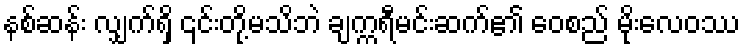
နစ်ဆန်း လျှက်ရှိ ၎င်းတို့မသိဘဲ ချက္ကရီမင်းဆက်၏ ဝေစည် မိုးလေဝဿ